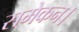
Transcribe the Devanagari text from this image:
समेकन।